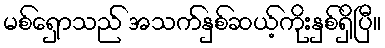
မစ်ရှောသည် အသက်နှစ်ဆယ့်ကိုးနှစ်ရှိပြီ။